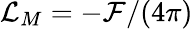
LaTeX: {\cal L}_{M}=-{\cal F}/(4\pi)